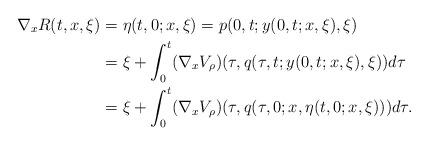
LaTeX: \begin{align*}\nabla_x R(t,x,\xi)&=\eta(t,0;x,\xi)=p(0,t;y(0,t;x,\xi),\xi) \\&=\xi+\int_0^t(\nabla_x V_\rho)(\tau,q(\tau,t;y(0,t;x,\xi),\xi))d\tau \\&=\xi+\int_0^t(\nabla_x V_\rho)(\tau,q(\tau,0;x,\eta(t,0;x,\xi)))d\tau .\end{align*}